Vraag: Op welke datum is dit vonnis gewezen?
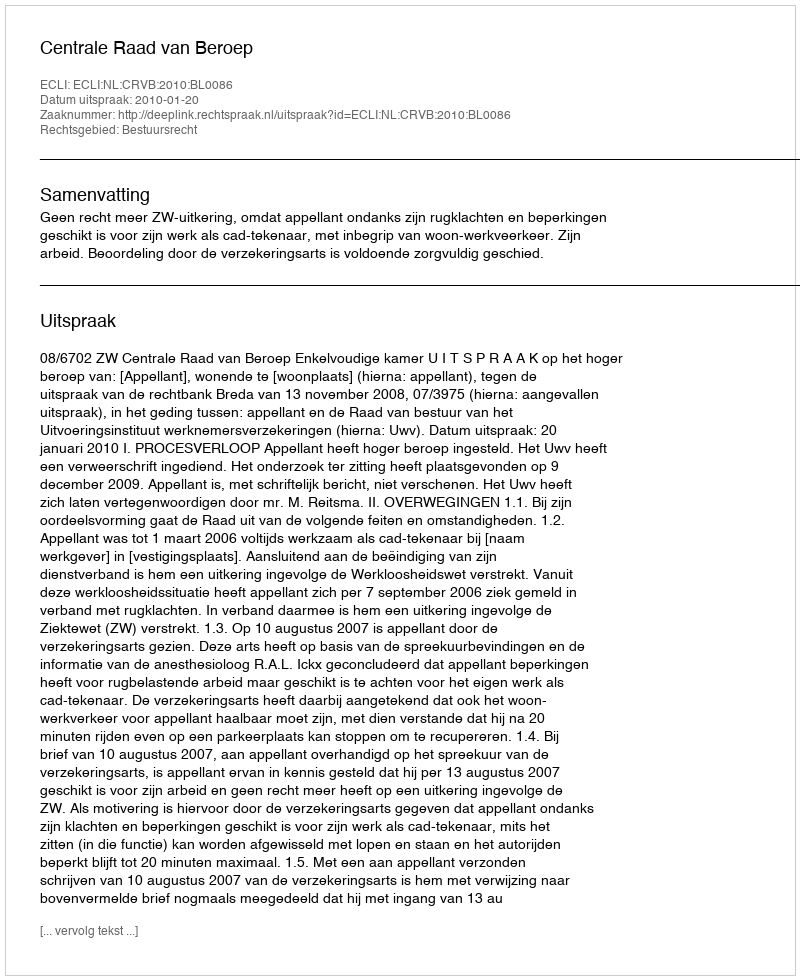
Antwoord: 2010-01-20